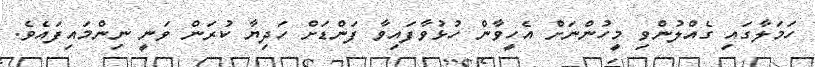
ހަމަލާގައި ގެއްލުންވި މީހުންނަށް އެހީވާން ހުޅުވާފައިވާ ފަންޑަށް ހަދިޔާ ކުރަން ވަނީ ނިންމައިފައެވެ.